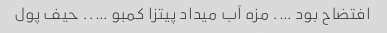
افتضاح بود …. مزه آب میداد پیتزا کمبو ….. حیف پول